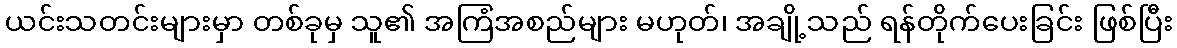
ယင်းသတင်းများမှာ တစ်ခုမှ သူ၏ အကြံအစည်များ မဟုတ်၊ အချို့သည် ရန်တိုက်ပေးခြင်း ဖြစ်ပြီး